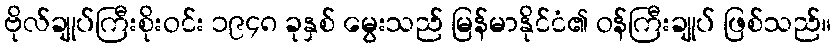
ဗိုလ်ချုပ်ကြီးစိုးဝင်း ၁၉၄၈ ခုနှစ် မွေးသည် မြန်မာနိုင်ငံ၏ ဝန်ကြီးချုပ် ဖြစ်သည်။